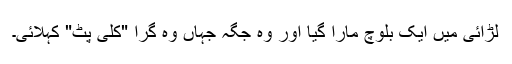
لڑائی میں ایک بلوچ مارا گیا اور وہ جگہ جہاں وہ گرا "کلی پٹ" کہلائی۔